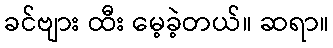
ခင်ဗျား ထီး မေ့ခဲ့တယ်။ ဆရာ။